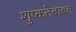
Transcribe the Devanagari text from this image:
शुष्कतेबाबत